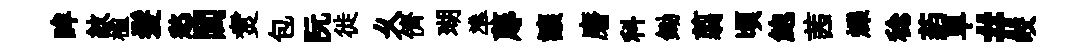
眸紋楹髪愁閭煑包阮徙乆儕瑚準蓐讓磨科鋤翦頃鮑茜爍稔葯旱#皎